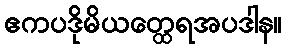
ဧကပဒိုမိယတ္ထေရအပဒါန။